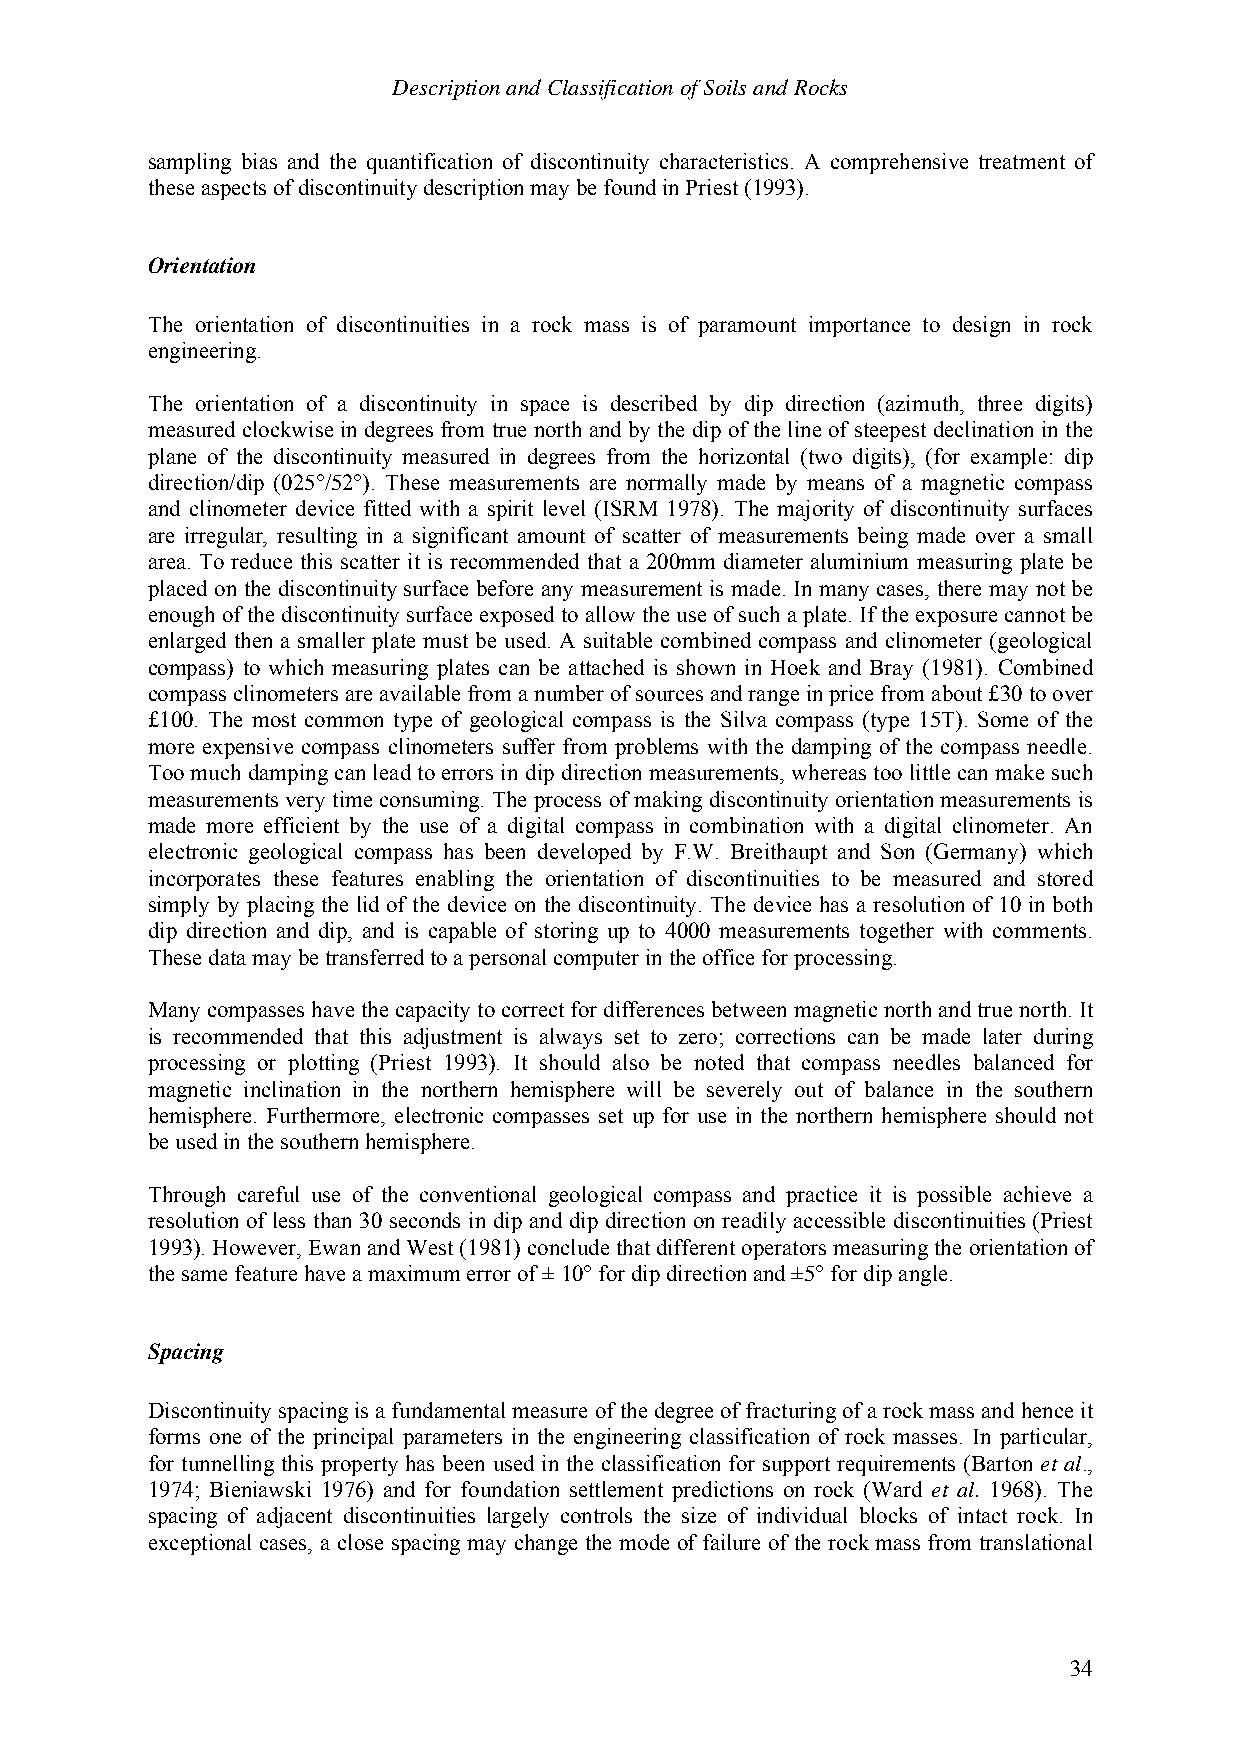
Description and Classification of Soils and Rocks
 sampling bias and the quantification of discontinuity characteristics. A comprehensive treatment of
 these aspects of discontinuity description may be found in Priest (1993).
 Orientation
 The orientation of discontinuities in a rock mass is of paramount importance to design in rock
 engineering.
 The orientation of a discontinuity in space is described by dip direction (azimuth, three digits)
 measured clockwise in degrees from true north and by the dip of the line of steepest declination in the
 plane of the discontinuity measured in degrees from the horizontal (two digits), (for example: dip
 direction/dip (025°/52°). These measurements are normally made by means of a magnetic compass
 and clinometer device fitted with a spirit level (ISRM 1978). The majority of discontinuity surfaces
 are irregular, resulting in a significant amount of scatter of measurements being made over a small
 area. To reduce this scatter it is recommended that a 200mm diameter aluminium measuring plate be
 placed on the discontinuity surface before any measurement is made. In many cases, there may not be
 enough of the discontinuity surface exposed to allow the use of such a plate. If the exposure cannot be
 enlarged then a smaller plate must be used. A suitable combined compass and clinometer (geological
 compass) to which measuring plates can be attached is shown in Hoek and Bray (1981). Combined
 compass clinometers are available from a number of sources and range in price from about £30 to over
 £100. The most common type of geological compass is the Silva compass (type 15T). Some of the
 more expensive compass clinometers suffer from problems with the damping of the compass needle.
 Too much damping can lead to errors in dip direction measurements, whereas too little can make such
 measurements very time consuming. The process of making discontinuity orientation measurements is
 made more efficient by the use of a digital compass in combination with a digital clinometer. An
 electronic geological compass has been developed by F.W. Breithaupt and Son (Germany) which
 incorporates these features enabling the orientation of discontinuities to be measured and stored
 simply by placing the lid of the device on the discontinuity. The device has a resolution of 10 in both
 dip direction and dip, and is capable of storing up to 4000 measurements together with comments.
 These data may be transferred to a personal computer in the office for processing.
 Many compasses have the capacity to correct for differences between magnetic north and true north. It
 is recommended that this adjustment is always set to zero; corrections can be made later during
 processing or plotting (Priest 1993). It should also be noted that compass needles balanced for
 magnetic inclination in the northern hemisphere will be severely out of balance in the southern
 hemisphere. Furthermore, electronic compasses set up for use in the northern hemisphere should not
 be used in the southern hemisphere.
 Through careful use of the conventional geological compass and practice it is possible achieve a
 resolution of less than 30 seconds in dip and dip direction on readily accessible discontinuities (Priest
 1993). However, Ewan and West (1981) conclude that different operators measuring the orientation of
 the same feature have a maximum error of ± 10° for dip direction and ±5° for dip angle.
 Spacing
 Discontinuity spacing is a fundamental measure of the degree of fracturing of a rock mass and hence it
 forms one of the principal parameters in the engineering classification of rock masses. In particular,
 for tunnelling this property has been used in the classification for support requirements (Barton et al.,
 1974; Bieniawski 1976) and for foundation settlement predictions on rock (Ward et al. 1968). The
 spacing of adjacent discontinuities largely controls the size of individual blocks of intact rock. In
 exceptional cases, a close spacing may change the mode of failure of the rock mass from translational
 34